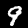
Digit: 9